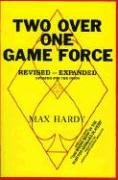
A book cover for Two-Over-One Game Force; Max Hardy; Humor & Entertainment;